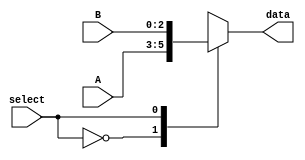
//
//
//  an 2 to 1 multiplexer that determens the next state
//  used in the Two-Address Microcode Control Unit
//
//  Made by. Saad Al-Jehani [1935151] 
//  Feb 11th, 2023
//
//

module MUX2_1(
	 input     select,
	 output reg  [2:0]  data,
	 input [2:0] A,
	 input [2:0] B
	 
);


always @(*)
     case(select)
        1'b0: data = A;
		  1'b1: data = B;

     endcase


endmodule